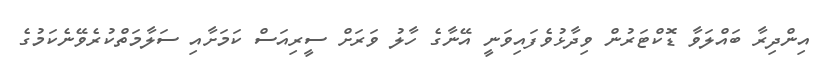
އިންދިރާ ބައްލަވާ ޑޮކްޓަރުން ވިދާޅުވެފައިވަނީ އޭނާގެ ހާލު ވަރަށް ސީރިއަސް ކަމަށާއި ސަލާމަތްކުރެވޭނެކަމުގެ